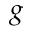
g